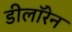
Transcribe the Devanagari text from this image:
डीलॉरेन